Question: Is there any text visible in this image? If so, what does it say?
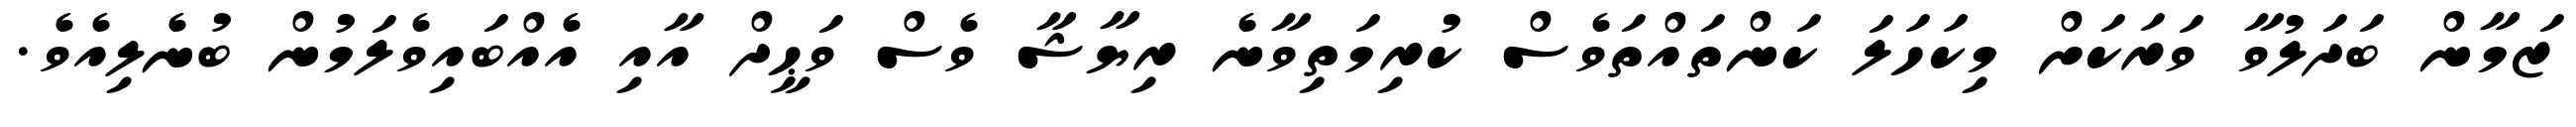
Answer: ޒަމާން ބަދަލުވާ ވަރަކަށް މިކަހަލަ ކަންތައްތަވެސް ކުރިމަތިވާނެ ރިޔާޝާ ވެސް ވަޙީދް އާއި އެއްބައިވެލަމުން ބުނެލިއެވެ.